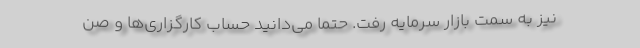
نیز به سمت بازار سرمایه رفت. حتماً می‌دانید حساب کارگزاری‌ها و صن